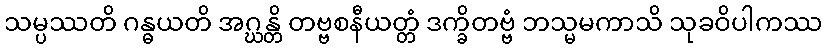
သမ္ပဿတိ ဂန္ဓယတိ အဂ္ဃန္တိ တဗ္ဗစနီယတ္တံ ဒက္ခိတဗ္ဗံ ဘသ္မမကာသိ သုခဝိပါကဿ